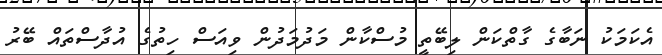
އެކަމަކު ނަބާގެ ގާތްކަން ލިބޭތީ މުސްކާން މަދުމަދުން ވިއަސް ހިތުގެ އުދާސްތައް ބޭރު